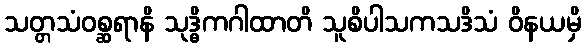
သတ္တသံဝစ္ဆရာနိ သုဒ္ဓိကဂါထာတိ သူစိပါသကသဒိသံ ဝိနယမှိ